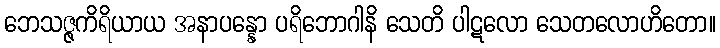
ဘေသဇ္ဇကိရိယာယ အနာပန္နော ပရိဘောဂါနိ သေတိ ပါဋလော သေတလောဟိတော။